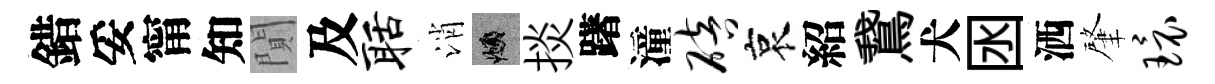
錯妥甯知閴及聒消頫掞躇潼碚哀紹鵞犬囦洒肇环